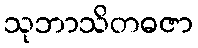
သုဘာသိတဓဇာ